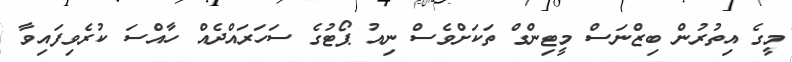
މީގެ އިތުރުން ބިޒްނަސް މީޓިންގް ތަކަށްވެސް ނިއު ޕޯޓުގެ ސަހަރައްދެއް ހާއްސަ ކުރެވިފައިވާ